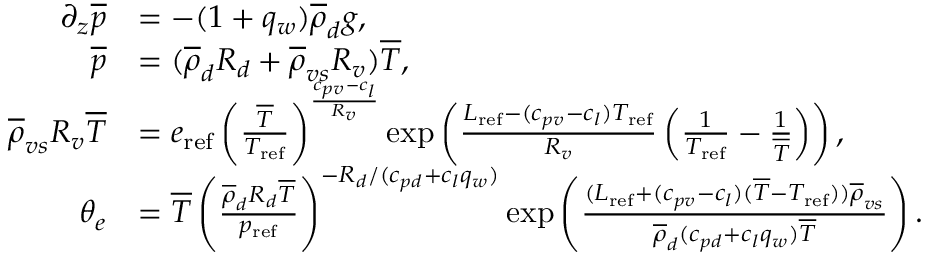
\begin{array} { r l } { \partial _ { z } \overline { { p } } } & { = - ( 1 + q _ { w } ) \overline { { \rho } } _ { d } g , } \\ { \overline { { p } } } & { = ( \overline { { \rho } } _ { d } R _ { d } + \overline { { \rho } } _ { v s } R _ { v } ) \overline { { T } } , } \\ { \overline { { \rho } } _ { v s } R _ { v } \overline { { T } } } & { = e _ { \mathrm { r e f } } \left( \frac { \overline { { T } } } { T _ { \mathrm { r e f } } } \right) ^ { \frac { c _ { p v } - c _ { l } } { R _ { v } } } \exp \left( \frac { L _ { \mathrm { r e f } } - ( c _ { p v } - c _ { l } ) T _ { \mathrm { r e f } } } { R _ { v } } \left( \frac { 1 } { T _ { \mathrm { r e f } } } - \frac { 1 } { \overline { { T } } } \right) \right) , } \\ { \theta _ { e } } & { = \overline { { T } } \left( \frac { \overline { { \rho } } _ { d } R _ { d } \overline { { T } } } { p _ { \mathrm { r e f } } } \right) ^ { - R _ { d } / ( c _ { p d } + c _ { l } q _ { w } ) } \exp \left( \frac { ( L _ { \mathrm { r e f } } + ( c _ { p v } - c _ { l } ) ( \overline { { T } } - T _ { \mathrm { r e f } } ) ) \overline { { \rho } } _ { v s } } { \overline { { \rho } } _ { d } ( c _ { p d } + c _ { l } q _ { w } ) \overline { { T } } } \right) . } \end{array}